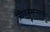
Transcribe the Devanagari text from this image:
जीवनसत्त्वांनी